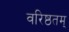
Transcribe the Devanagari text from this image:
वरिष्ठतम्